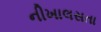
નીખાલસતા